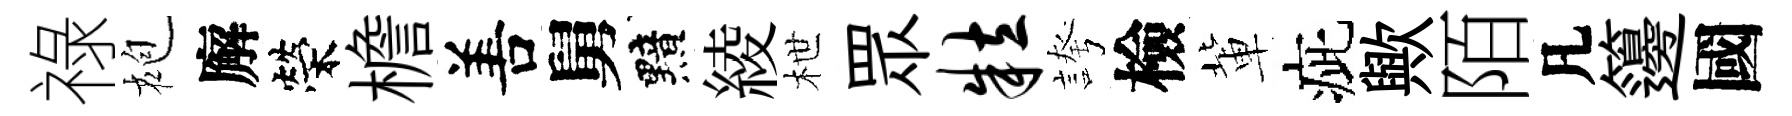
祿袍廨榮檐𠵊舅黯綾枻眾粒誇檢軰疵歟陌凡籩國